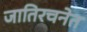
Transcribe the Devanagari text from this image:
जातिरचनेत